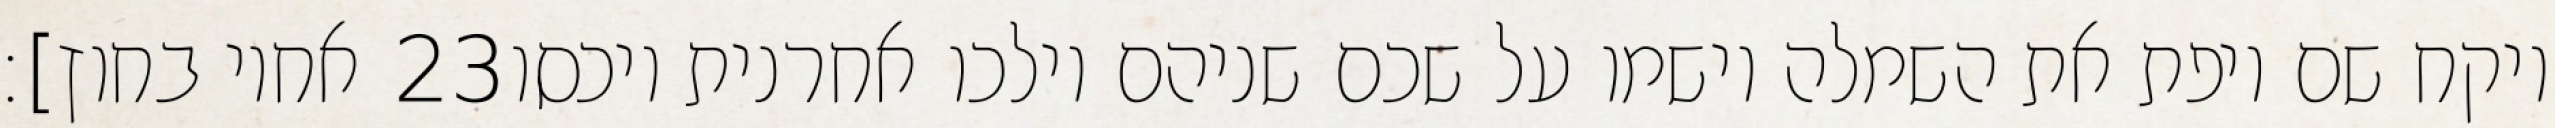
אחיו בחוץ]׃ ‎23‏ ויקח שם ויפת את השמלה וישמו על שכם שניהם וילכו אחרנית ויכסו